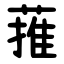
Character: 蓷